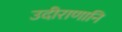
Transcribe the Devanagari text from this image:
उदीराणानि